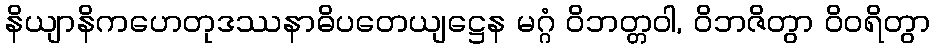
နိယျာနိကဟေတုဒဿနာဓိပတေယျဋ္ဌေန မဂ္ဂံ ဝိဘတ္တဝါ, ဝိဘဇိတွာ ဝိဝရိတွာ